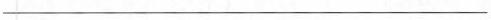
___